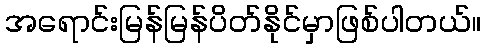
အရောင်းမြန်မြန်ပိတ်နိုင်မှာဖြစ်ပါတယ်။